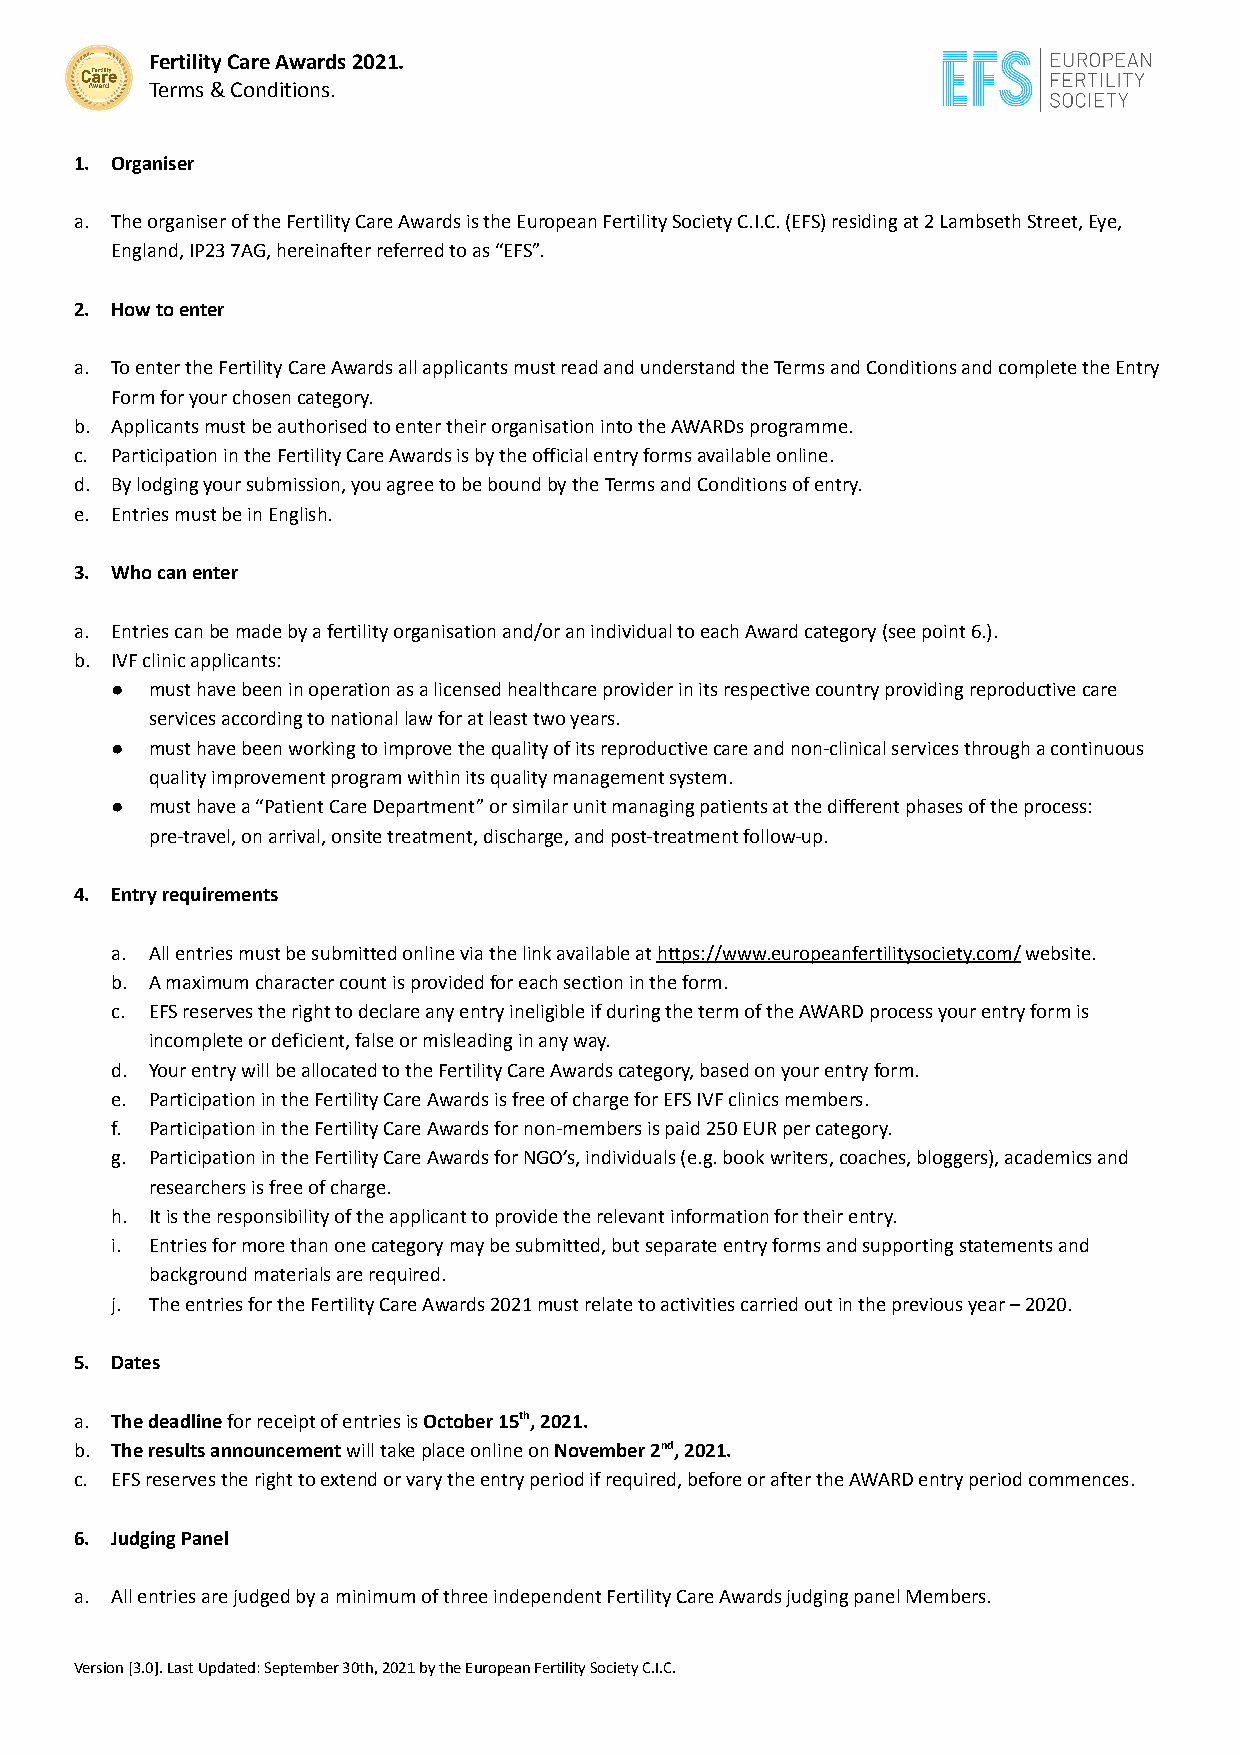
Fertility Care Awards 2021.
 Terms & Conditions.
 1. Organiser
 a. The organiser of the Fertility Care Awards is the European Fertility Society C.I.C. (EFS) residing at 2 Lambseth Street, Eye,
 England, IP23 7AG, hereinafter referred to as “EFS”.
 2. How to enter
 a. To enter the Fertility Care Awards all applicants must read and understand the Terms and Conditions and complete the Entry
 Form for your chosen category.
 b. Applicants must be authorised to enter their organisation into the AWARDs programme.
 c. Participation in the Fertility Care Awards is by the official entry forms available online.
 d. By lodging your submission, you agree to be bound by the Terms and Conditions of entry.
 e. Entries must be in English.
 3. Who can enter
 a. Entries can be made by a fertility organisation and/or an individual to each Award category (see point 6.).
 b. IVF clinic applicants:
 ●  must have been in operation as a licensed healthcare provider in its respective country providing reproductive care
 services according to national law for at least two years.
 ●  must have been working to improve the quality of its reproductive care and non-clinical services through a continuous
 quality improvement program within its quality management system.
 ●  must have a “Patient Care Department” or similar unit managing patients at the different phases of the process:
 pre-travel, on arrival, onsite treatment, discharge, and post-treatment follow-up.
 4. Entry requirements
 a. All entries must be submitted online via the link available athttps://www.europeanfertilitysociety.com/website.
 b. A maximum character count is provided for each section in the form.
 c. EFS reserves the right to declare any entry ineligible if during the term of the AWARD process your entry form is
 incomplete or deficient, false or misleading in any way.
 d. Your entry will be allocated to the Fertility Care Awards category, based on your entry form.
 e. Participation in the Fertility Care Awards is free of charge for EFS IVF clinics members.
 f. Participation in the Fertility Care Awards for non-members is paid 250 EUR per category.
 g. Participation in the Fertility Care Awards for NGO’s, individuals (e.g. book writers, coaches, bloggers), academics and
 researchers is free of charge.
 h. It is the responsibility of the applicant to provide the relevant information for their entry.
 i. Entries for more than one category may be submitted, but separate entry forms and supporting statements and
 background materials are required.
 j. The entries for the Fertility Care Awards 2021 must relate to activities carried out in the previous year – 2020.
 5. Dates
 a. The deadlinefor receipt of entries isOctober 15th,2021.
 b. The results announcementwill take place online onNovember 2nd, 2021.
 c. EFS reserves the right to extend or vary the entry period if required, before or after the AWARD entry period commences.
 6. Judging Panel
 a. All entries are judged by a minimum of three independent Fertility Care Awards judging panel Members.
 Version [3.0]. Last Updated: September 30th, 2021 by the European Fertility Society C.I.C.